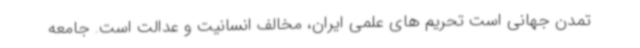
تمدن جهانی است تحریم های علمی ایران، مخالف انسانیت و عدالت است. جامعه